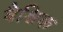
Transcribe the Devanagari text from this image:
वैश्विक